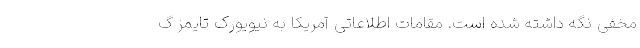
مخفی نگه داشته شده است. مقامات اطلاعاتی آمریکا به نیویورک تایمز گ